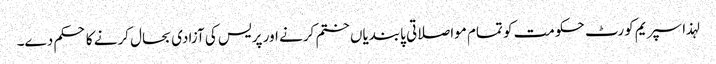
لہذا سپریم کورٹ حکومت کو تمام مواصلاتی پابندیاں ختم کرنے اور پریس کی آزادی بحال کرنے کا حکم دے۔